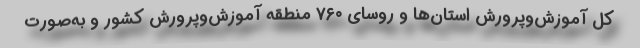
کل آموزش‌وپرورش استان‌ها و روسای ۷۶۰ منطقه آموزش‌وپرورش کشور و به‌صورت